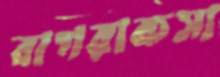
বাগরাকসা